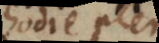
hodie plerique